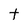
Character: t